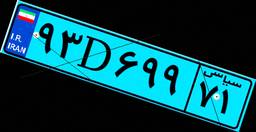
۵۴D۶۹۸۹۲